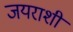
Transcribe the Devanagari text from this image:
जयराशी